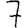
Digit: 7